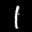
Label: 1